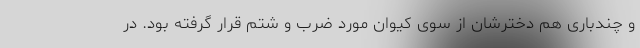
و چندباری هم دخترشان از سوی کیوان مورد ضرب و شتم قرار گرفته بود. در